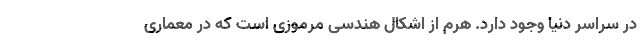
در سراسر دنیا وجود دارد. هرم از اشکال هندسی مرموزی است که در معماری